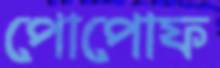
পোপোফ